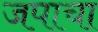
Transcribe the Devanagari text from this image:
जपाचा